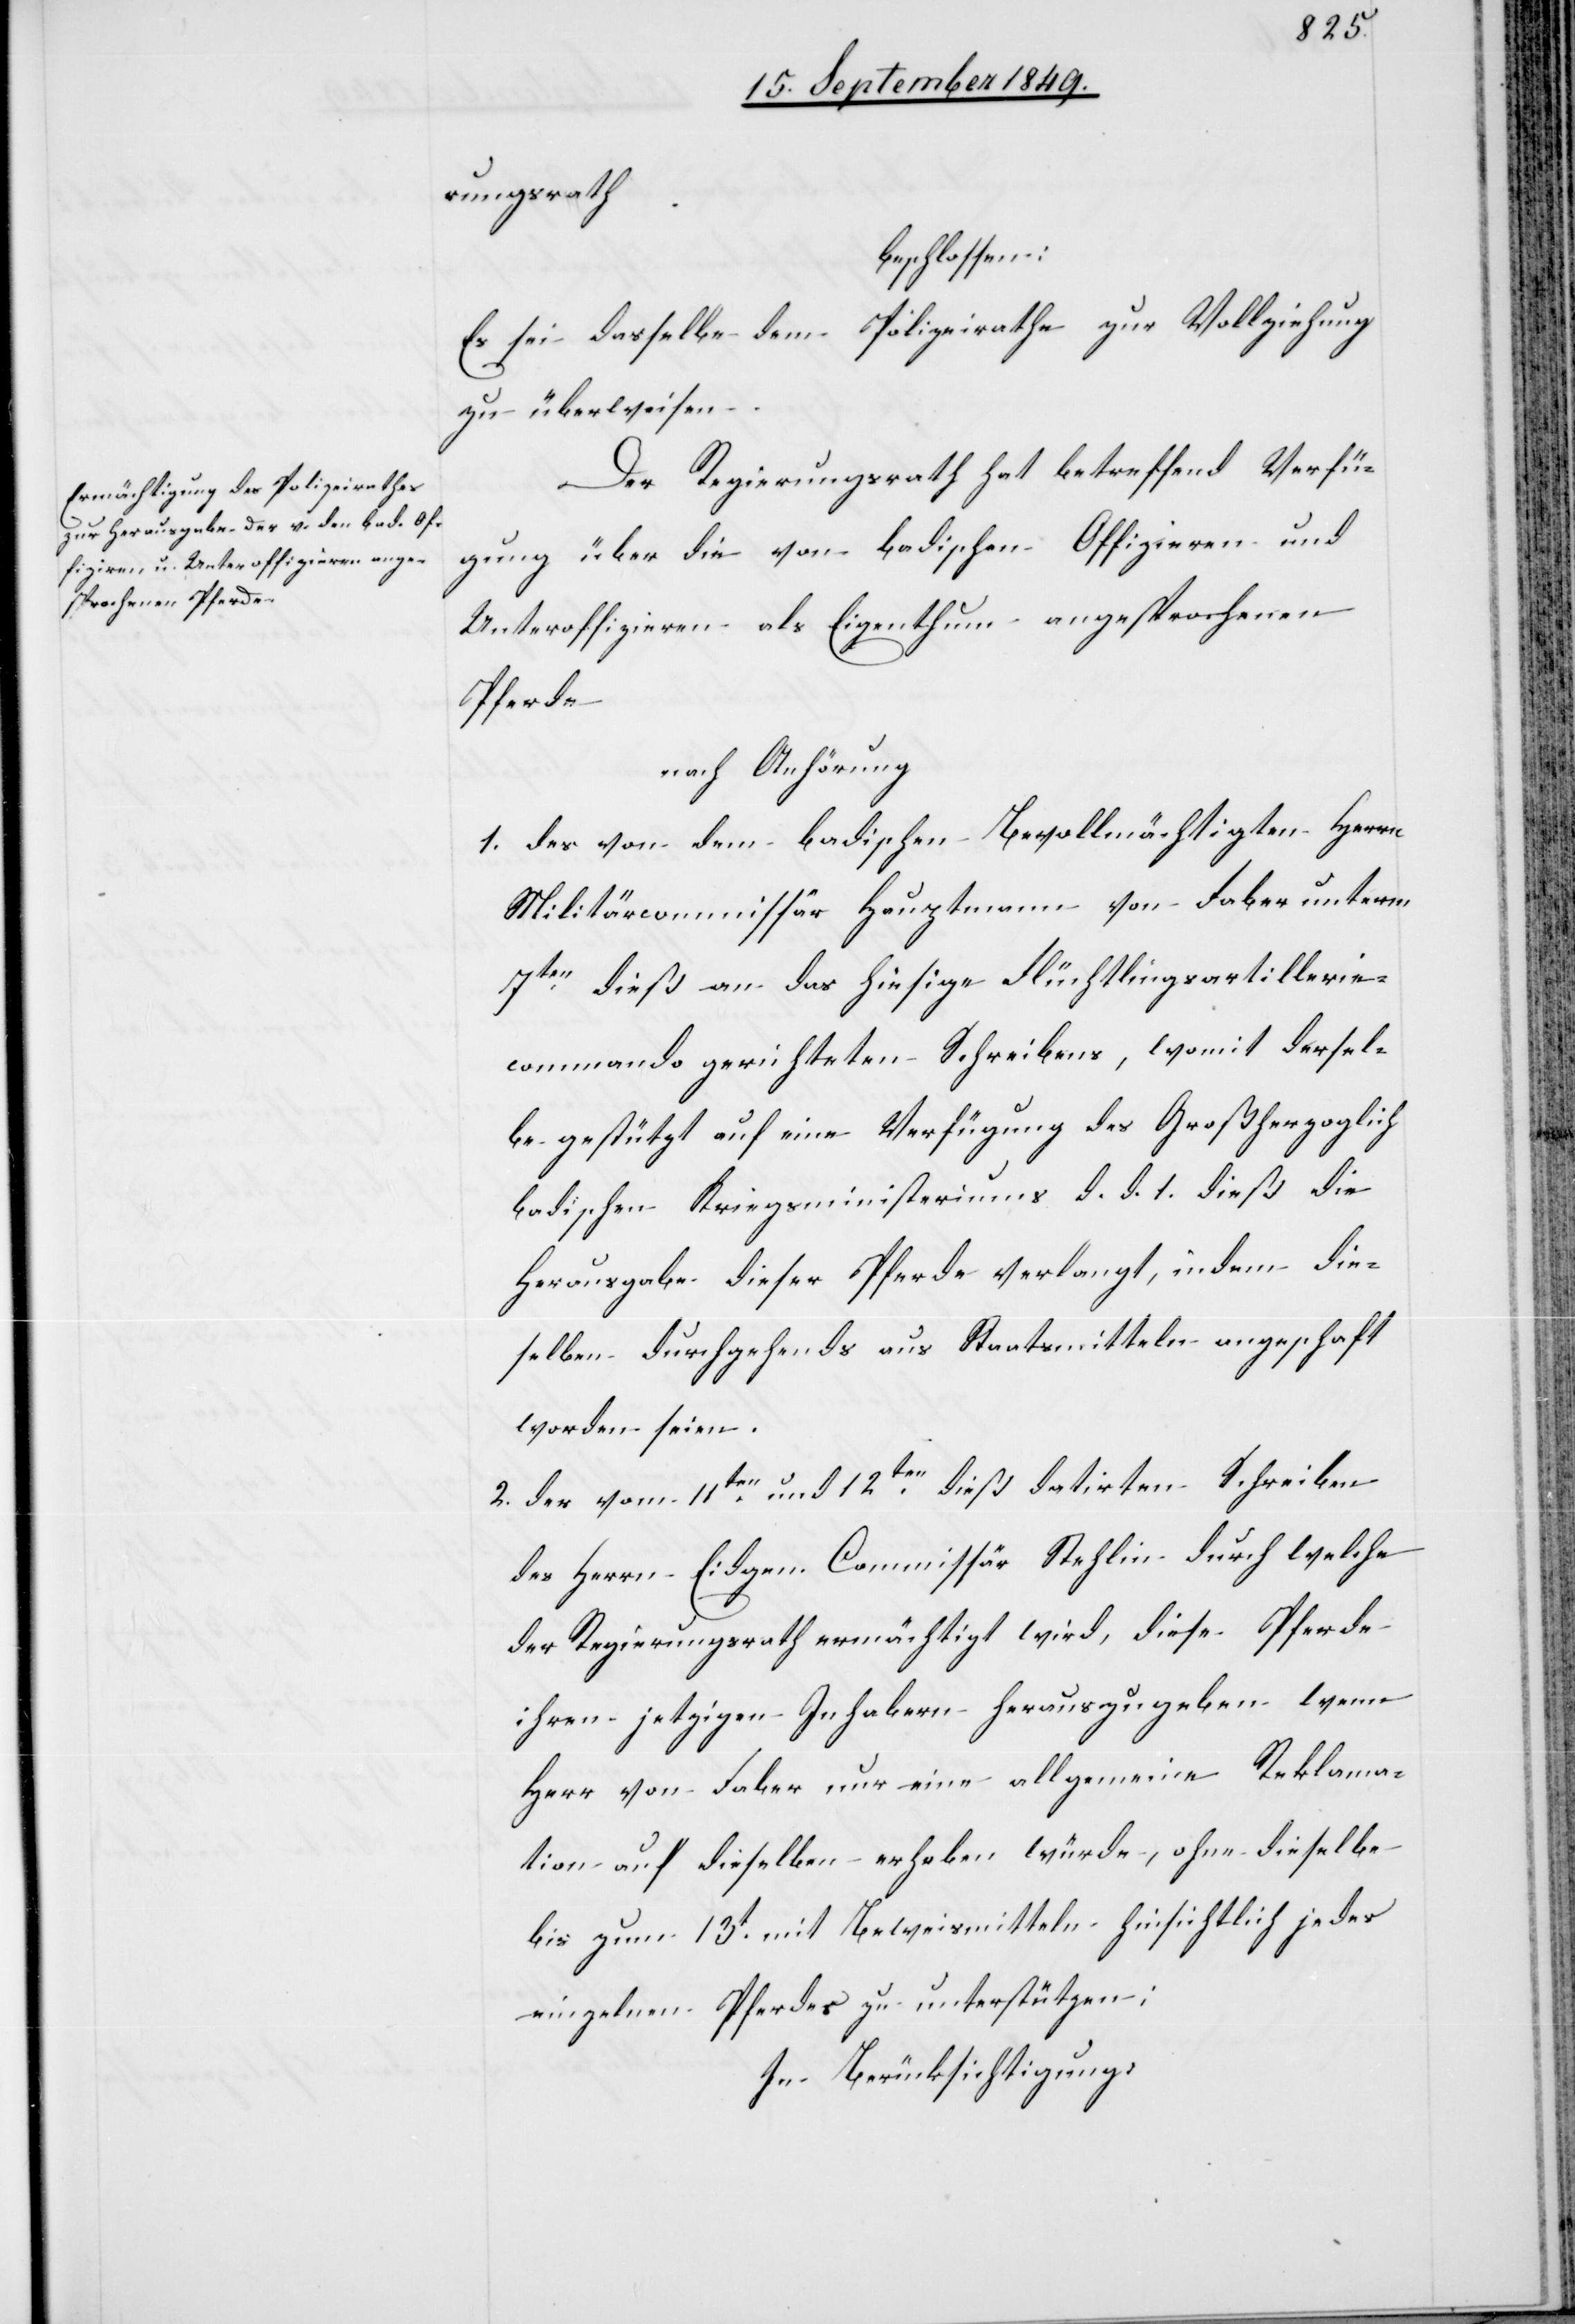
rungsrath
beschlossen:
Es sei dasselbe dem Polizeirathe zur Vollziehung
zu überweisen.
Der Regierungsrath hat betreffend Verfü¬
gung über die von badischen Offizieren und
Unteroffizieren als Eigenthum angesprochenen
Pferde
nach Anhörung
1. des von dem badischen Bevollmächtigten Herrn
Militärcommissär Hauptmann von Faber unterm
7ten dieß an das hiesige Flüchtlingsartillerie¬
commando gerichteten Schreibens, womit dersel¬
be gestützt auf eine Verfügung des Großherzoglich
badischen Kriegsministeriums d. d. 1. dieß die
Herausgabe dieser Pferde verlangt, indem die¬
selben durchgehends aus Staatsmitteln angescha[f]ft
worden seien.
2. der vom 11ten und 12ten dieß datirten Schreiben
des Herrn Eidgen. Commissär Stehlin durch welche
der Regierungsrath ermächtigt wird, diese Pferde
ihren jetzigen Inhabern herauszugeben wenn
Herr von Faber nur eine allgemeine Reklama¬
tion auf dieselben erhoben würde, ohne dieselbe
bis zum 13t mit Beweismitteln hinsichtlich jedes
einzelnen Pferdes zu unterstützen;
In Berücksichtigung: